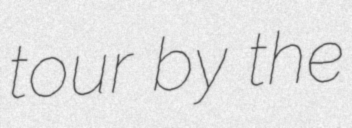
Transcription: tour by the